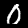
Label: 0